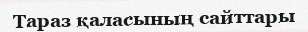
Тараз қаласының сайттары